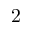
2